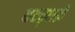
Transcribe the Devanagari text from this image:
वटवृक्षही